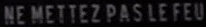
NE METTEZ PAS LE FEU